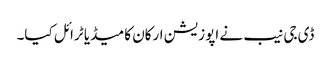
ڈی جی نیب نے اپوزیشن ارکان کا میڈیا ٹرائل کیا۔